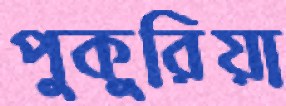
পুকুরিয়া